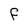
Character: f